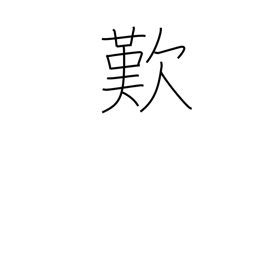
Meaning: lamentation